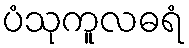
ပံသုကူလဓရံ